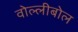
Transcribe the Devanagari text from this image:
वोल्लीबोल